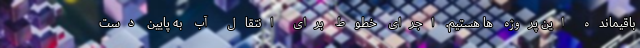
باقیمانده این پروژه ها هستیم. اجرای خطوط برای انتقال آب به پایین دست